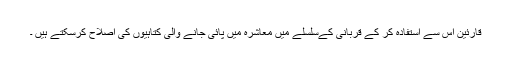
قارئین اس سے استفادہ کر کے قربانی کےسلسلے میں معاشرہ میں پائی جانے والی کتاہیوں کی اصلاح کرسکتے ہیں ۔